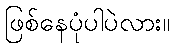
ဖြစ်နေပုံပါပဲလား။